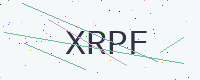
Text: XRPF